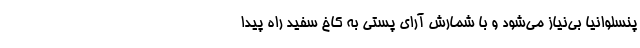
پنسلوانیا بی‌نیاز می‌شود و با شمارش آرای پُستی به کاخ سفید راه پیدا